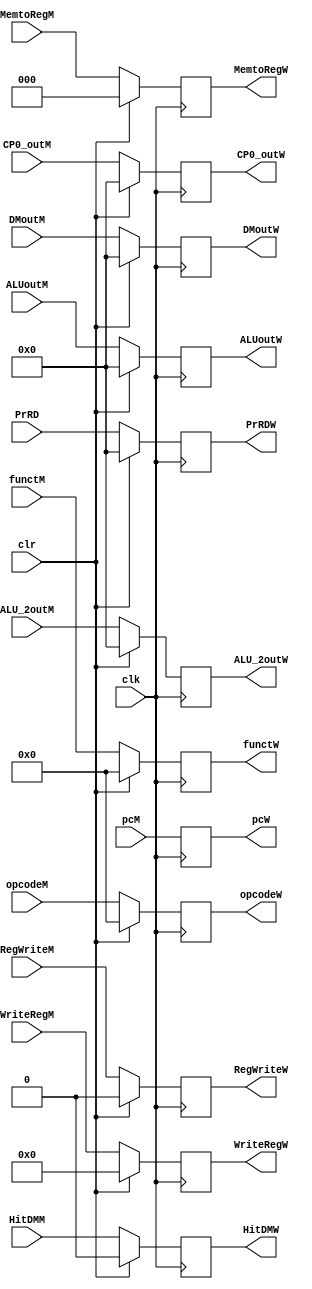
`timescale 1ns / 1ps
//////////////////////////////////////////////////////////////////////////////////
// Company: 
// Engineer: 
// 
// Design Name: 
// Module Name:    WReg 
// Project Name: 
// Target Devices: 
// Tool versions: 
// Description: 
//
// Dependencies: 
//
// Revision: 
// Revision 0.01 - File Created
// Additional Comments: 
//
//////////////////////////////////////////////////////////////////////////////////
module WReg(clk,WriteRegM,MemtoRegM,RegWriteM,opcodeM,functM,pcM,ALUoutM,DMoutM,ALU_2outM,
					ALUoutW,DMoutW,pcW,MemtoRegW,RegWriteW,opcodeW,functW,WriteRegW,ALU_2outW,
					CP0_outM,CP0_outW,clr,HitDMM,HitDMW,PrRDW,PrRD);
		input clk;
		input [4:0] WriteRegM;
		input [2:0]MemtoRegM;
		input RegWriteM;
		input [5:0] opcodeM,functM;
		input [31:0] pcM,ALUoutM,DMoutM,ALU_2outM,CP0_outM;
		input clr;
		input HitDMM;
		input [31:0] PrRD;
		output reg [4:0] WriteRegW;
		output reg [2:0]MemtoRegW;
		output reg RegWriteW;
		output reg [5:0] opcodeW,functW;
		output reg [31:0] pcW,ALUoutW,DMoutW,ALU_2outW,CP0_outW,PrRDW;
		output reg HitDMW;
		always@(posedge clk) begin
		if(clr==1) begin
			ALUoutW<=0;
			DMoutW<=0;
			pcW<=pcM;
			MemtoRegW<=0;
			RegWriteW<=0;
			opcodeW<=0;
			functW<=0;
			WriteRegW<=0;
			ALU_2outW<=0;
			CP0_outW<=0;
			HitDMW<=0;
			PrRDW<=0;
		end
		else if(clr==0)begin
			ALUoutW<=ALUoutM;
			DMoutW<=DMoutM;
			pcW<=pcM;
			MemtoRegW<=MemtoRegM;
			RegWriteW<=RegWriteM;
			opcodeW<=opcodeM;
			functW<=functM;
			WriteRegW<=WriteRegM;
			ALU_2outW<=ALU_2outM;
			CP0_outW<=CP0_outM;
			HitDMW<=HitDMM;
			PrRDW<=PrRD;
			end
		end

endmodule